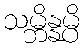
သမ္ဘိန္နမ္ပိ